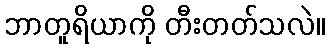
ဘာတူရိယာကို တီးတတ်သလဲ။